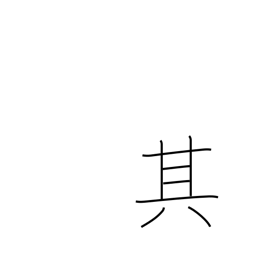
Meaning: that